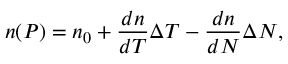
n ( P ) = n _ { 0 } + \frac { d n } { d T } \Delta T - \frac { d n } { d N } \Delta N ,